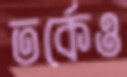
তর্কেও